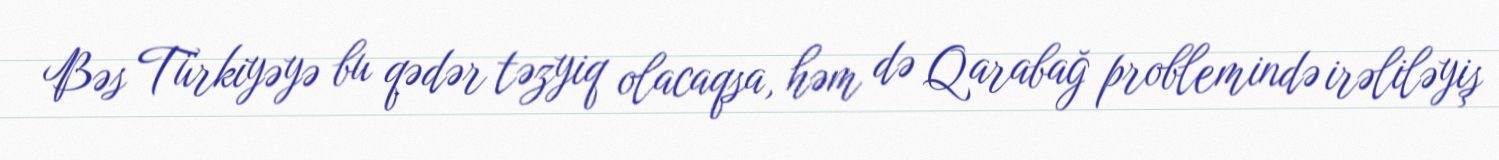
Bəs Türkiyəyə bu qədər təzyiq olacaqsa, həm də Qarabağ problemində irəliləyiş